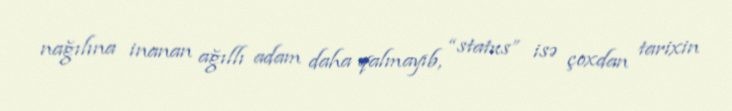
nağılına inanan ağıllı adam daha qalmayıb, “status” isə çoxdan tarixin